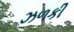
ઝળકી